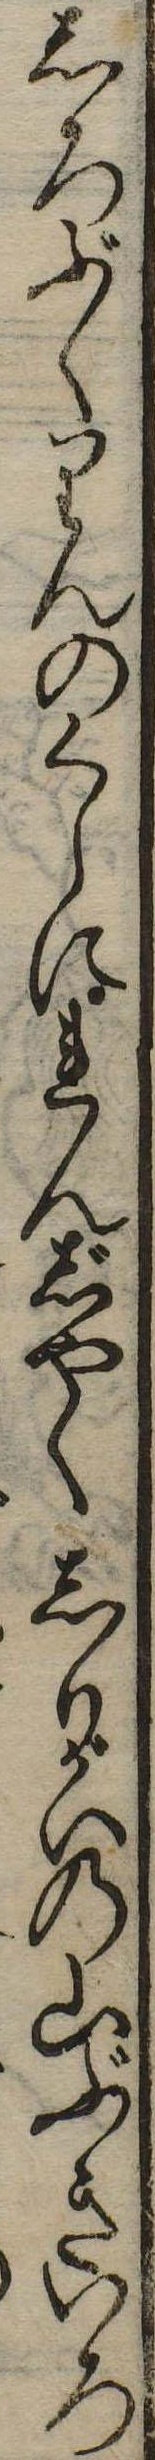
しろぶくりんのくらにれんじやくしりがはの山ぶきいろ